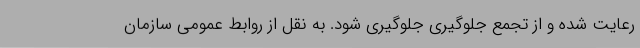
رعایت شده و از تجمع جلوگیری جلوگیری شود. به نقل از روابط عمومی سازمان